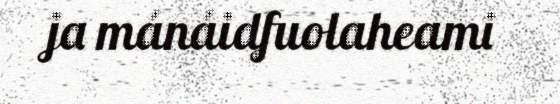
ja mánáidfuolaheami